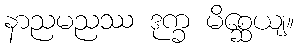
နာညမညဿ ဒုက္ခ မိစ္ဆေယျ။